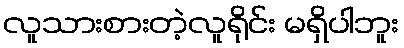
လူသားစားတဲ့လူရိုင်း မရှိပါဘူး